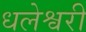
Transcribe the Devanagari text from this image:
धलेश्वरी